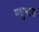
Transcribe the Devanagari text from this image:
मधुमांस